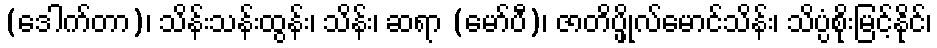
(ဒေါက်တာ)၊ သိန်းသန်းထွန်း၊ သိန်း၊ ဆရာ (မော်ပီ)၊ ဇာတိပ္ဖိုလ်မောင်သိန်း၊ သိပ္ပံစိုးမြင့်နိုင်၊